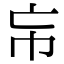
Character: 㠵